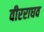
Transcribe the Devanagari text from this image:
वीरराघव